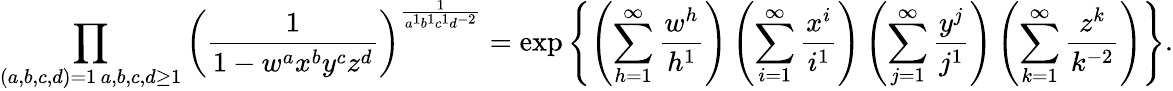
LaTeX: \prod_{\substack{(a,b,c,d)=1\, a,b,c,d\geq 1}}\left(\frac{1}{1-w^{a}x^{b}y^{c}z^{d}}\right)^{\frac{1}{a^{1}b^{1}c^{1}d^{-2}}}=\exp\left\{ \left(\sum_{h=1}^{\infty}\frac{w^{h}}{h^{1}}\right)\left(\sum_{i=1}^{\infty}\frac{x^{i}}{i^{1}}\right)\left(\sum_{j=1}^{\infty}\frac{y^{j}}{j^{1}}\right)\left(\sum_{k=1}^{\infty}\frac{z^{k}}{k^{-2}}\right)\right\} .